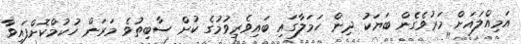
އަމިއްލައަށް މަރުވެގެން ބަޔަކު ދިން ހަމަލާގައި ބައިވެރިވުމުގެ ކުށް ސާބިތުވެ މަރަން ހުކުމްކޮށްފައިވާ